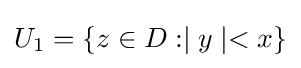
U_{1}=\{z\in D:\mid y\mid <x\}